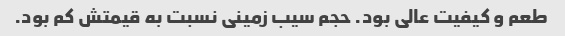
طعم و کیفیت عالی بود. حجم سیب زمینی نسبت به قیمتش کم بود.